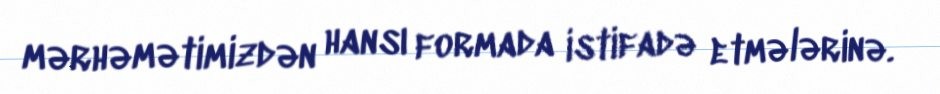
mərhəmətimizdən hansı formada istifadə etmələrinə.